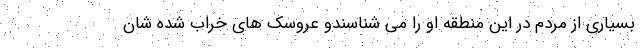
بسیاری از مردم در این منطقه او را می شناسندو عروسک های خراب شده شان